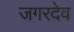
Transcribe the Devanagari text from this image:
जगरदेव